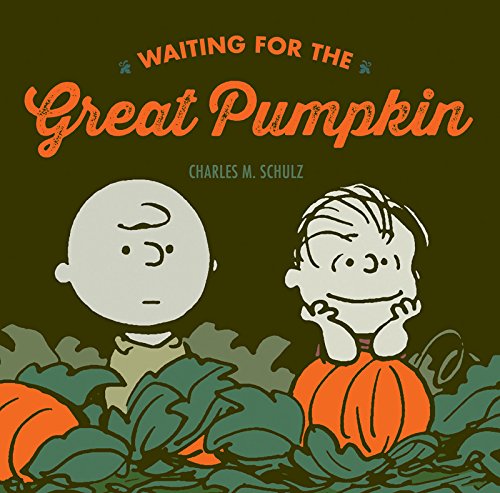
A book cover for Waiting For The Great Pumpkin (Peanuts Seasonal); Charles M. Schulz; Comics & Graphic Novels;